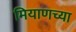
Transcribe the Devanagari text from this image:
मियाणच्या